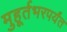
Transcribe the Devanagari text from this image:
मुहूर्तभरपर्यंत